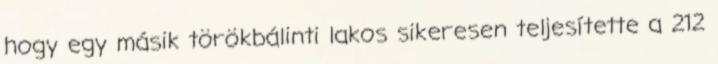
hogy egy másik törökbálinti lakos sikeresen teljesítette a 212